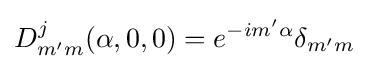
D_{m'm}^{j}(\alpha ,0,0)=e^{-im'\alpha }\delta _{m'm}